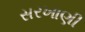
સરખાણી